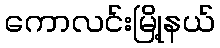
ကောလင်းမြို့နယ်